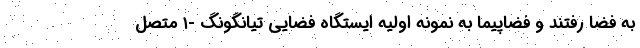
به فضا رفتند و فضاپیما به نمونه اولیه ایستگاه فضایی تیانگونگ -۱ متصل